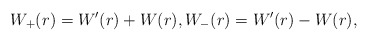
\begin{align*} W_+(r) = W'(r) + W(r), W_-(r) = W'(r) - W(r), \end{align*}